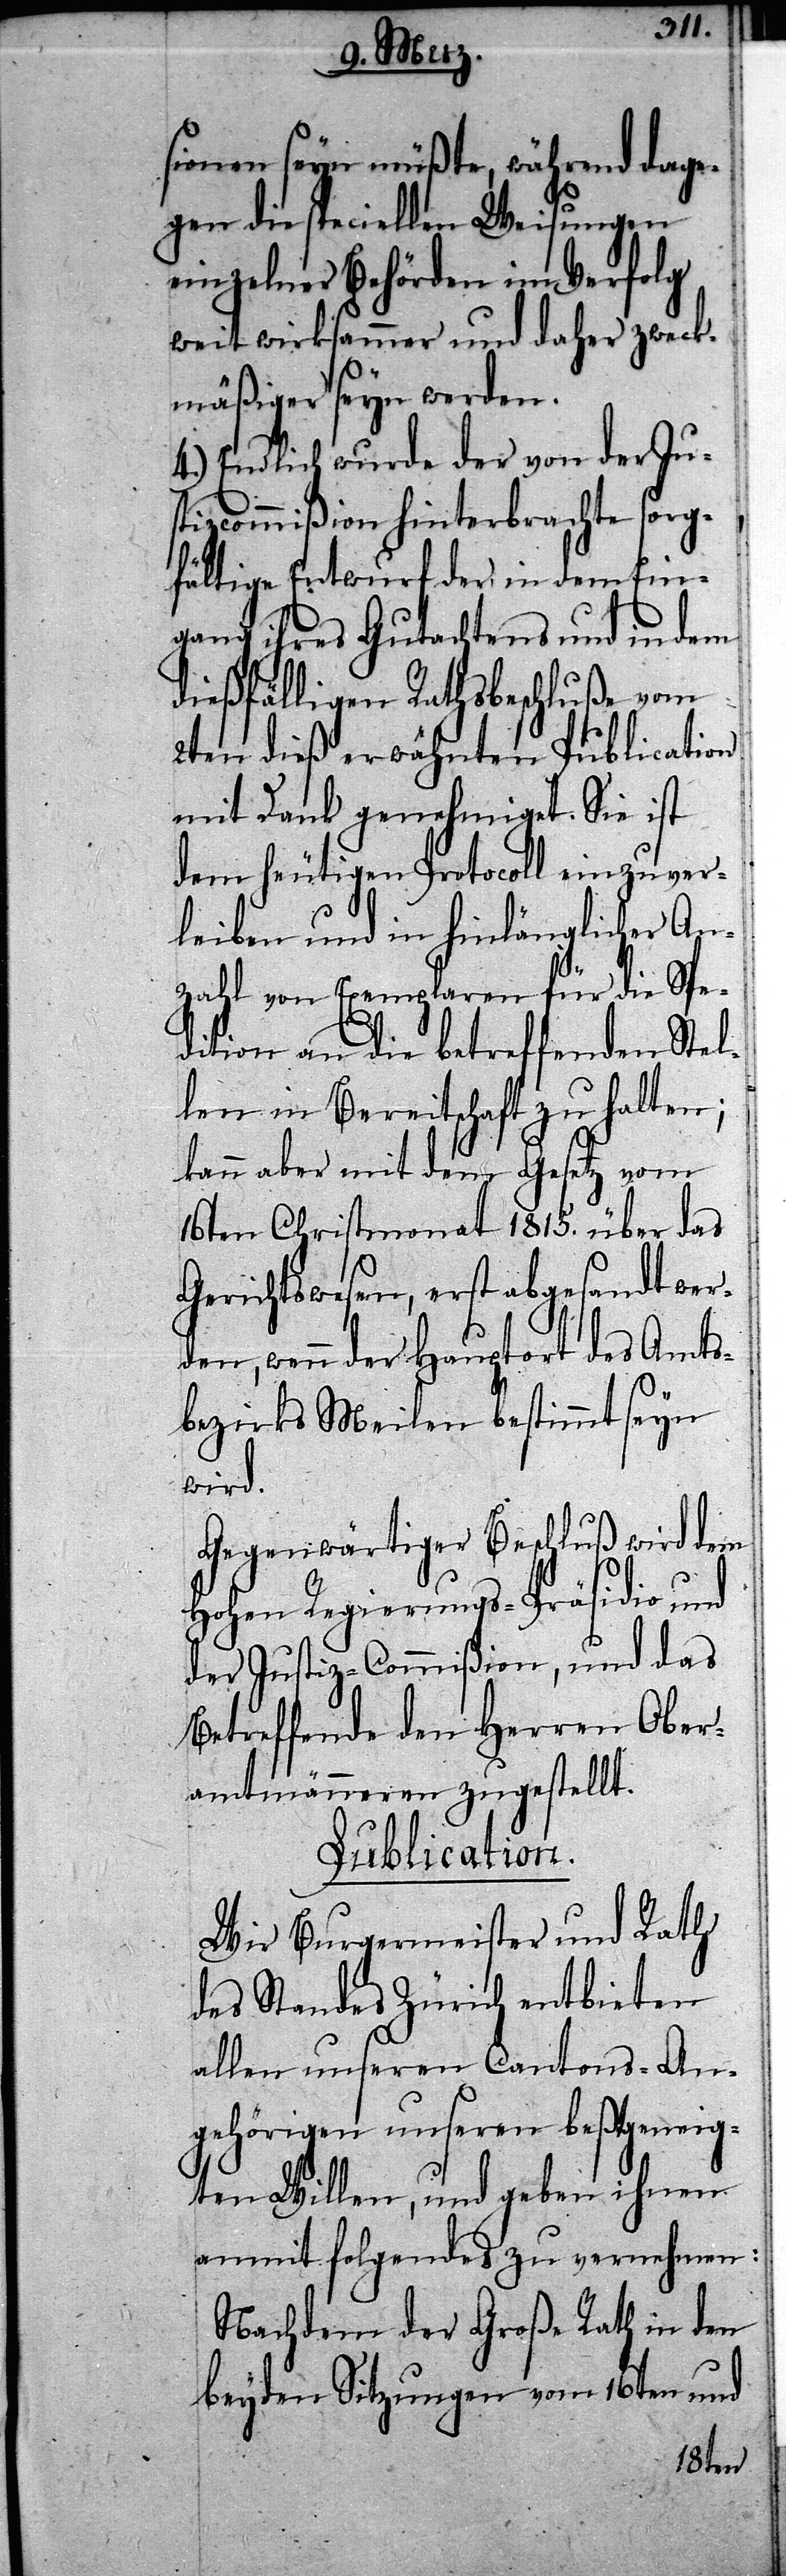
sionen seyn müßte, während dage¬
gen die speciellen Weisungen
einzelner Behörden im Verfolg
weit wirksammer und daher zweck¬
mäßiger seyn werden.
4.) Endlich wurde der von der Ju¬
stizcommißion hinterbrachte sorg¬
fältige Entwurf der in dem Ein¬
gang ihres Gutachtens und in dem
dießfälligen Rathsbeschluße vom
2ten dieß erwähnten Publication
mit Dank genehmiget. Sie ist
dem heutigen Protocoll einzuver¬
leiben und in hinlänglicher An¬
zahl von Exemplaren für die Spe¬
dition an die betreffenden Stel¬
len in Bereitschaft zu halten;
kann aber mit dem Gesetz vom
16ten Christmonat 1815. über das
Gerichtswesen, erst abgesandt wer¬
den, wenn der Hauptort des Amts¬
bezirks Meilen bestimmt seyn
wird.
Gegenwärtiger Beschluß wird dem
Hohen Regierungs-Präsidio und
der Justiz-Commißion, und das
betreffende den Herren Ober¬
amtmänneren zugestellt.
Publication.
Wir Burgermeister und Rath
des Standes Zürich entbieten
allen unseren Cantons-An¬
gehörigen unseren beßtgeneig¬
ten Willen, und geben ihnen
anmit folgendes zu vernehmen:
Nachdem der Große Rath in den
beyden Sitzungen vom 16ten und